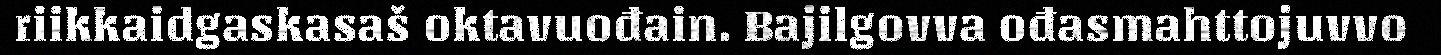
riikkaidgaskasaš oktavuođain. Bajilgovva ođasmahttojuvvo